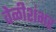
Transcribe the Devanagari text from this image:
वेळीशंभर